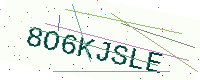
Text: 8O6KJSLE